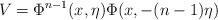
LaTeX: \begin{align*}V=\Phi^{n-1}(x,\eta)\Phi(x,-(n-1)\eta)\end{align*}